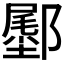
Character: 𬪛